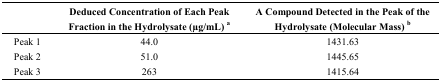
<table><thead><tr><td></td><td><b>Deduced Concentration of Each Peak Fraction in the Hydrolysate (μg/mL) <sup>a</sup></b></td><td><b>A Compound Detected in the Peak of the Hydrolysate (Molecular Mass) <sup>b</sup></b></td></tr></thead><tbody><tr><td>Peak 1</td><td>44.0</td><td>1431.63</td></tr><tr><td>Peak 2</td><td>51.0</td><td>1445.65</td></tr><tr><td>Peak 3</td><td>263</td><td>1415.64</td></tr></tbody></table>